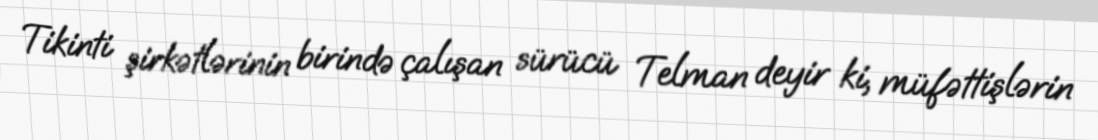
Tikinti şirkətlərinin birində çalışan sürücü Telman deyir ki, müfəttişlərin